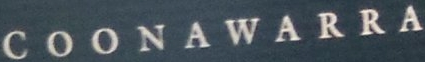
COONAWARRA